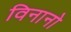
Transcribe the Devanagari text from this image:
विनानो